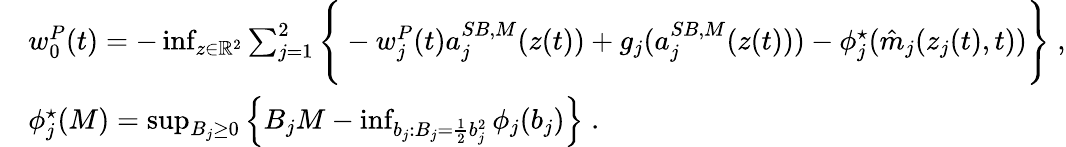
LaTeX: \begin{array}{rl}&{w_{0}^{P}(t)=-\operatorname*{inf}_{z\in\mathbb{R}^{2}}\sum_{j=1}^{2}\Bigg\{ -w_{j}^{P}(t){a}_{j}^{SB,M}(z(t))+g_{j}({a}_{j}^{SB,M}(z(t)))-\phi_{j}^{\star}(\hat{m}_{j}(z_{j}(t),t))\Bigg\} \; ,}\\ &{\phi_{j}^{\star}(M)=\operatorname*{sup}_{B_{j}\geq 0}\left\{ B_{j}M-\operatorname*{inf}_{b_{j}\colon B_{j}=\frac 12b_{j}^{2}}\phi_{j}(b_{j})\right\} \; .}\end{array}